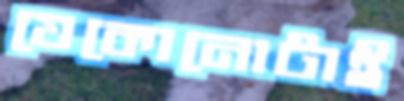
যেকোনোটাই